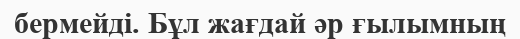
бермейді. Бұл жағдай әр ғылымның